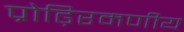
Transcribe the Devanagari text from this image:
प्रोढ़िरमणीय